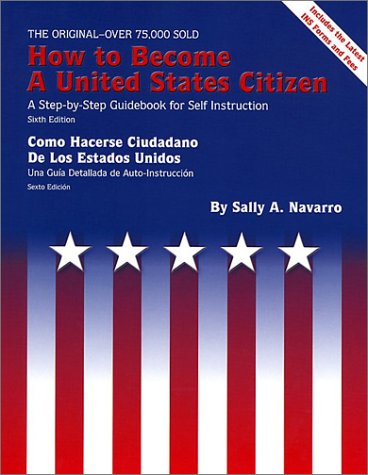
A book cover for How to Become a United States Citizen 6 Ed: A Step-by-Step Guidebook for Self-Instruction; Sally A. Navarro; Test Preparation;